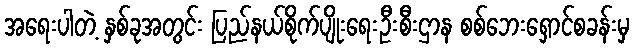
အရေးပါတဲ့ နှစ်ခုအတွင်း ပြည်နယ်စိုက်ပျိုးရေးဦးစီးဌာန စစ်ဘေးရှောင်စခန်းမှ